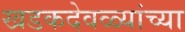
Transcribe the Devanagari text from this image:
खडकदेवळ्यांच्या